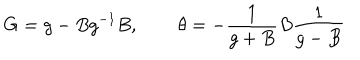
G = g - B g ^ { - 1 } B , \, ~ \, \theta = - \frac { 1 } { g + B } B \frac { 1 } { g - B }